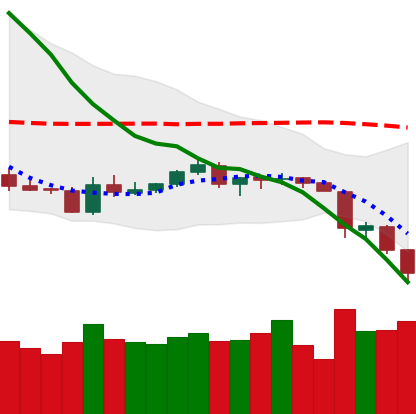
Ticker: LTC-USD
Chart end date: 2018-06-13
Forward return: 5.042%
Label: up_5_7